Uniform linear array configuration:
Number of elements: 48
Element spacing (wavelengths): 0.75
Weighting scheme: cosine
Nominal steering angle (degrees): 45
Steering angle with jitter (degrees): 44.112
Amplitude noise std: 0.05
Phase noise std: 0.05

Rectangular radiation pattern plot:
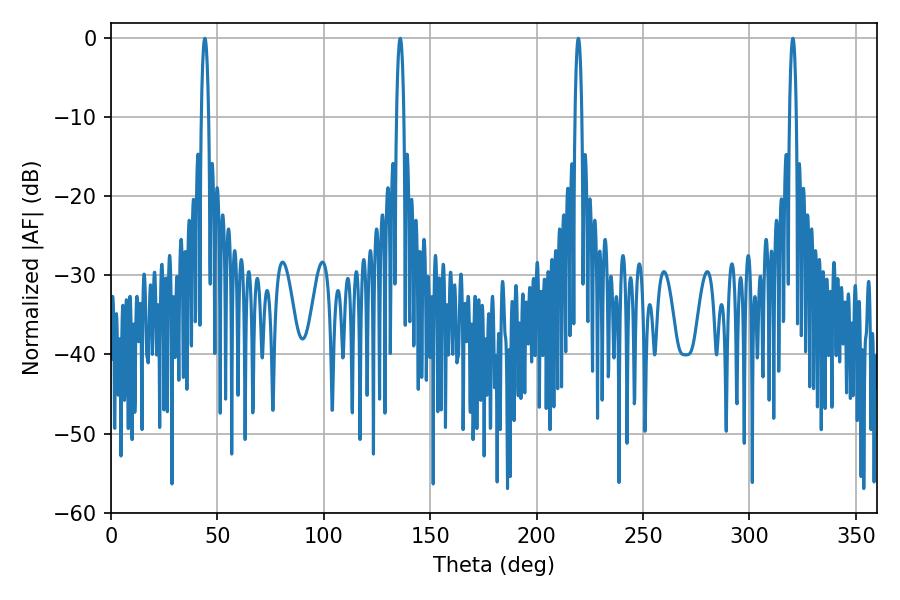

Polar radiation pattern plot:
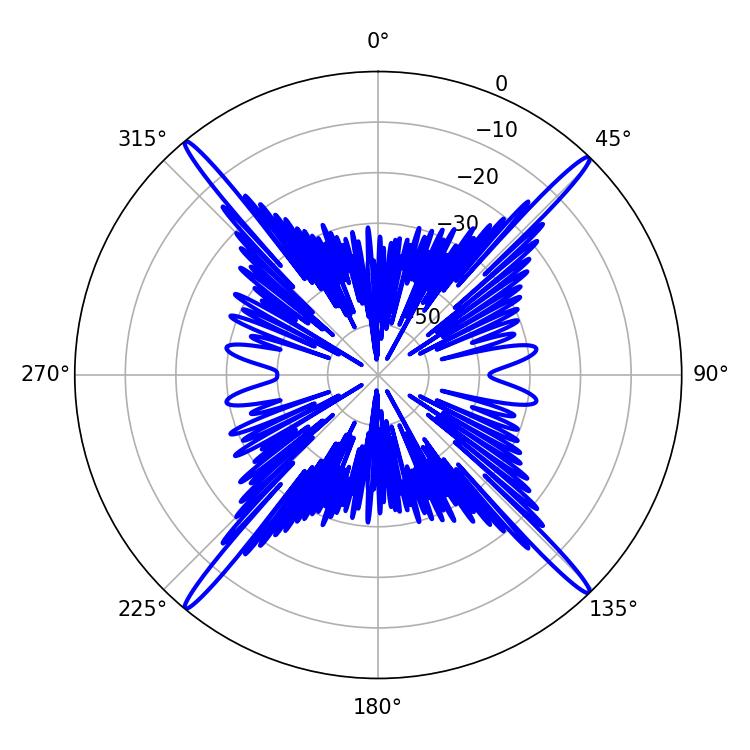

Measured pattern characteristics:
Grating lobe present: TRUE
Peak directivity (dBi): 23.991
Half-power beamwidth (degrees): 1.8
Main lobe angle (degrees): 44.1